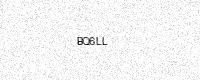
Text: BQ6LL